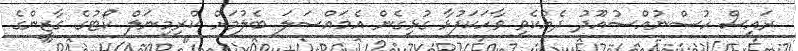
ރައީސް ހުސްނުއްސުއޫދު ދެއްކެވި ވާހަކަފުޅާ ގުޅިގެން އެމައްސަލަ ބެލުމަށް ކްރިމިނަލް ކޯޓުގެ ގާޒީންގެ